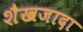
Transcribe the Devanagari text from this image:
शैखजादा